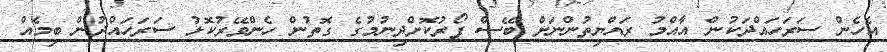
އެހެން ސަރަހައްދަކުން އާއްމު ރައްޔިތުންނަށް ބޭސް ފޯރުކޮށްދިނުމުގެ ގޮތުން ހެންވޭރުކޮޅު ސަރަހައްދުން ބިމެއް